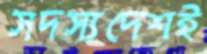
সদস্যদেশই